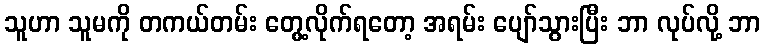
သူဟာ သူမကို တကယ်တမ်း တွေ့လိုက်ရတော့ အရမ်း ပျော်သွားပြီး ဘာ လုပ်လို့ ဘာ